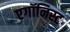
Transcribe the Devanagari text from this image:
एगॉनिस्ट